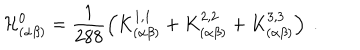
LaTeX: \mathcal { H } _ { ( \alpha \beta ) } ^ { 0 } = \frac { 1 } { 2 8 8 } \left( K _ { ( \alpha \beta ) } ^ { 1 , 1 } + K _ { ( \alpha \beta ) } ^ { 2 , 2 } + K _ { ( \alpha \beta ) } ^ { 3 , 3 } \right) ~ .